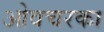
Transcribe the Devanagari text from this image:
ओवचरका